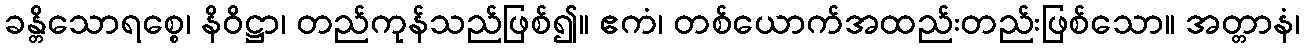
ခန္တိသောရစ္စေ၊ နိဝိဋ္ဌာ၊ တည်ကုန်သည်ဖြစ်၍။ ဧကံ၊ တစ်ယောက်အထည်းတည်းဖြစ်သော။ အတ္တာနံ၊